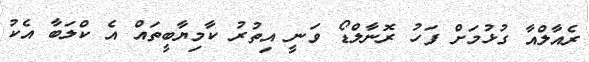
ރެއާލްއާ ގުޅުމަށް ފަހު ރޮނާލްޑޯ ވަނީ އިތުރު ކާމިޔާބީތައް އެ ކްލަބާ އެކު